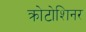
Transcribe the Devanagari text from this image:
क्रोटोशिनर